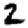
Digit: 2